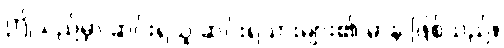
ဤသည်မှာ ဆင်းရဲသူ ဆင်းရဲသားများ၏ မာန ဖြစ်သည်။